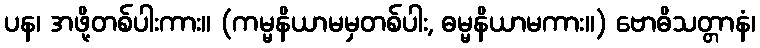
ပန၊ အဖို့တစ်ပါးကား။ (ကမ္မနိယာမမှတစ်ပါး, ဓမ္မနိယာမကား။) ဗောဓိသတ္တာနံ၊